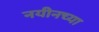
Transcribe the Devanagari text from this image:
नयीनच्या